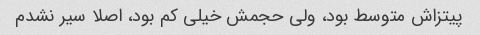
پیتزاش متوسط بود، ولی حجمش خیلی کم بود، اصلا سیر نشدم